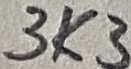
Text: 3K3